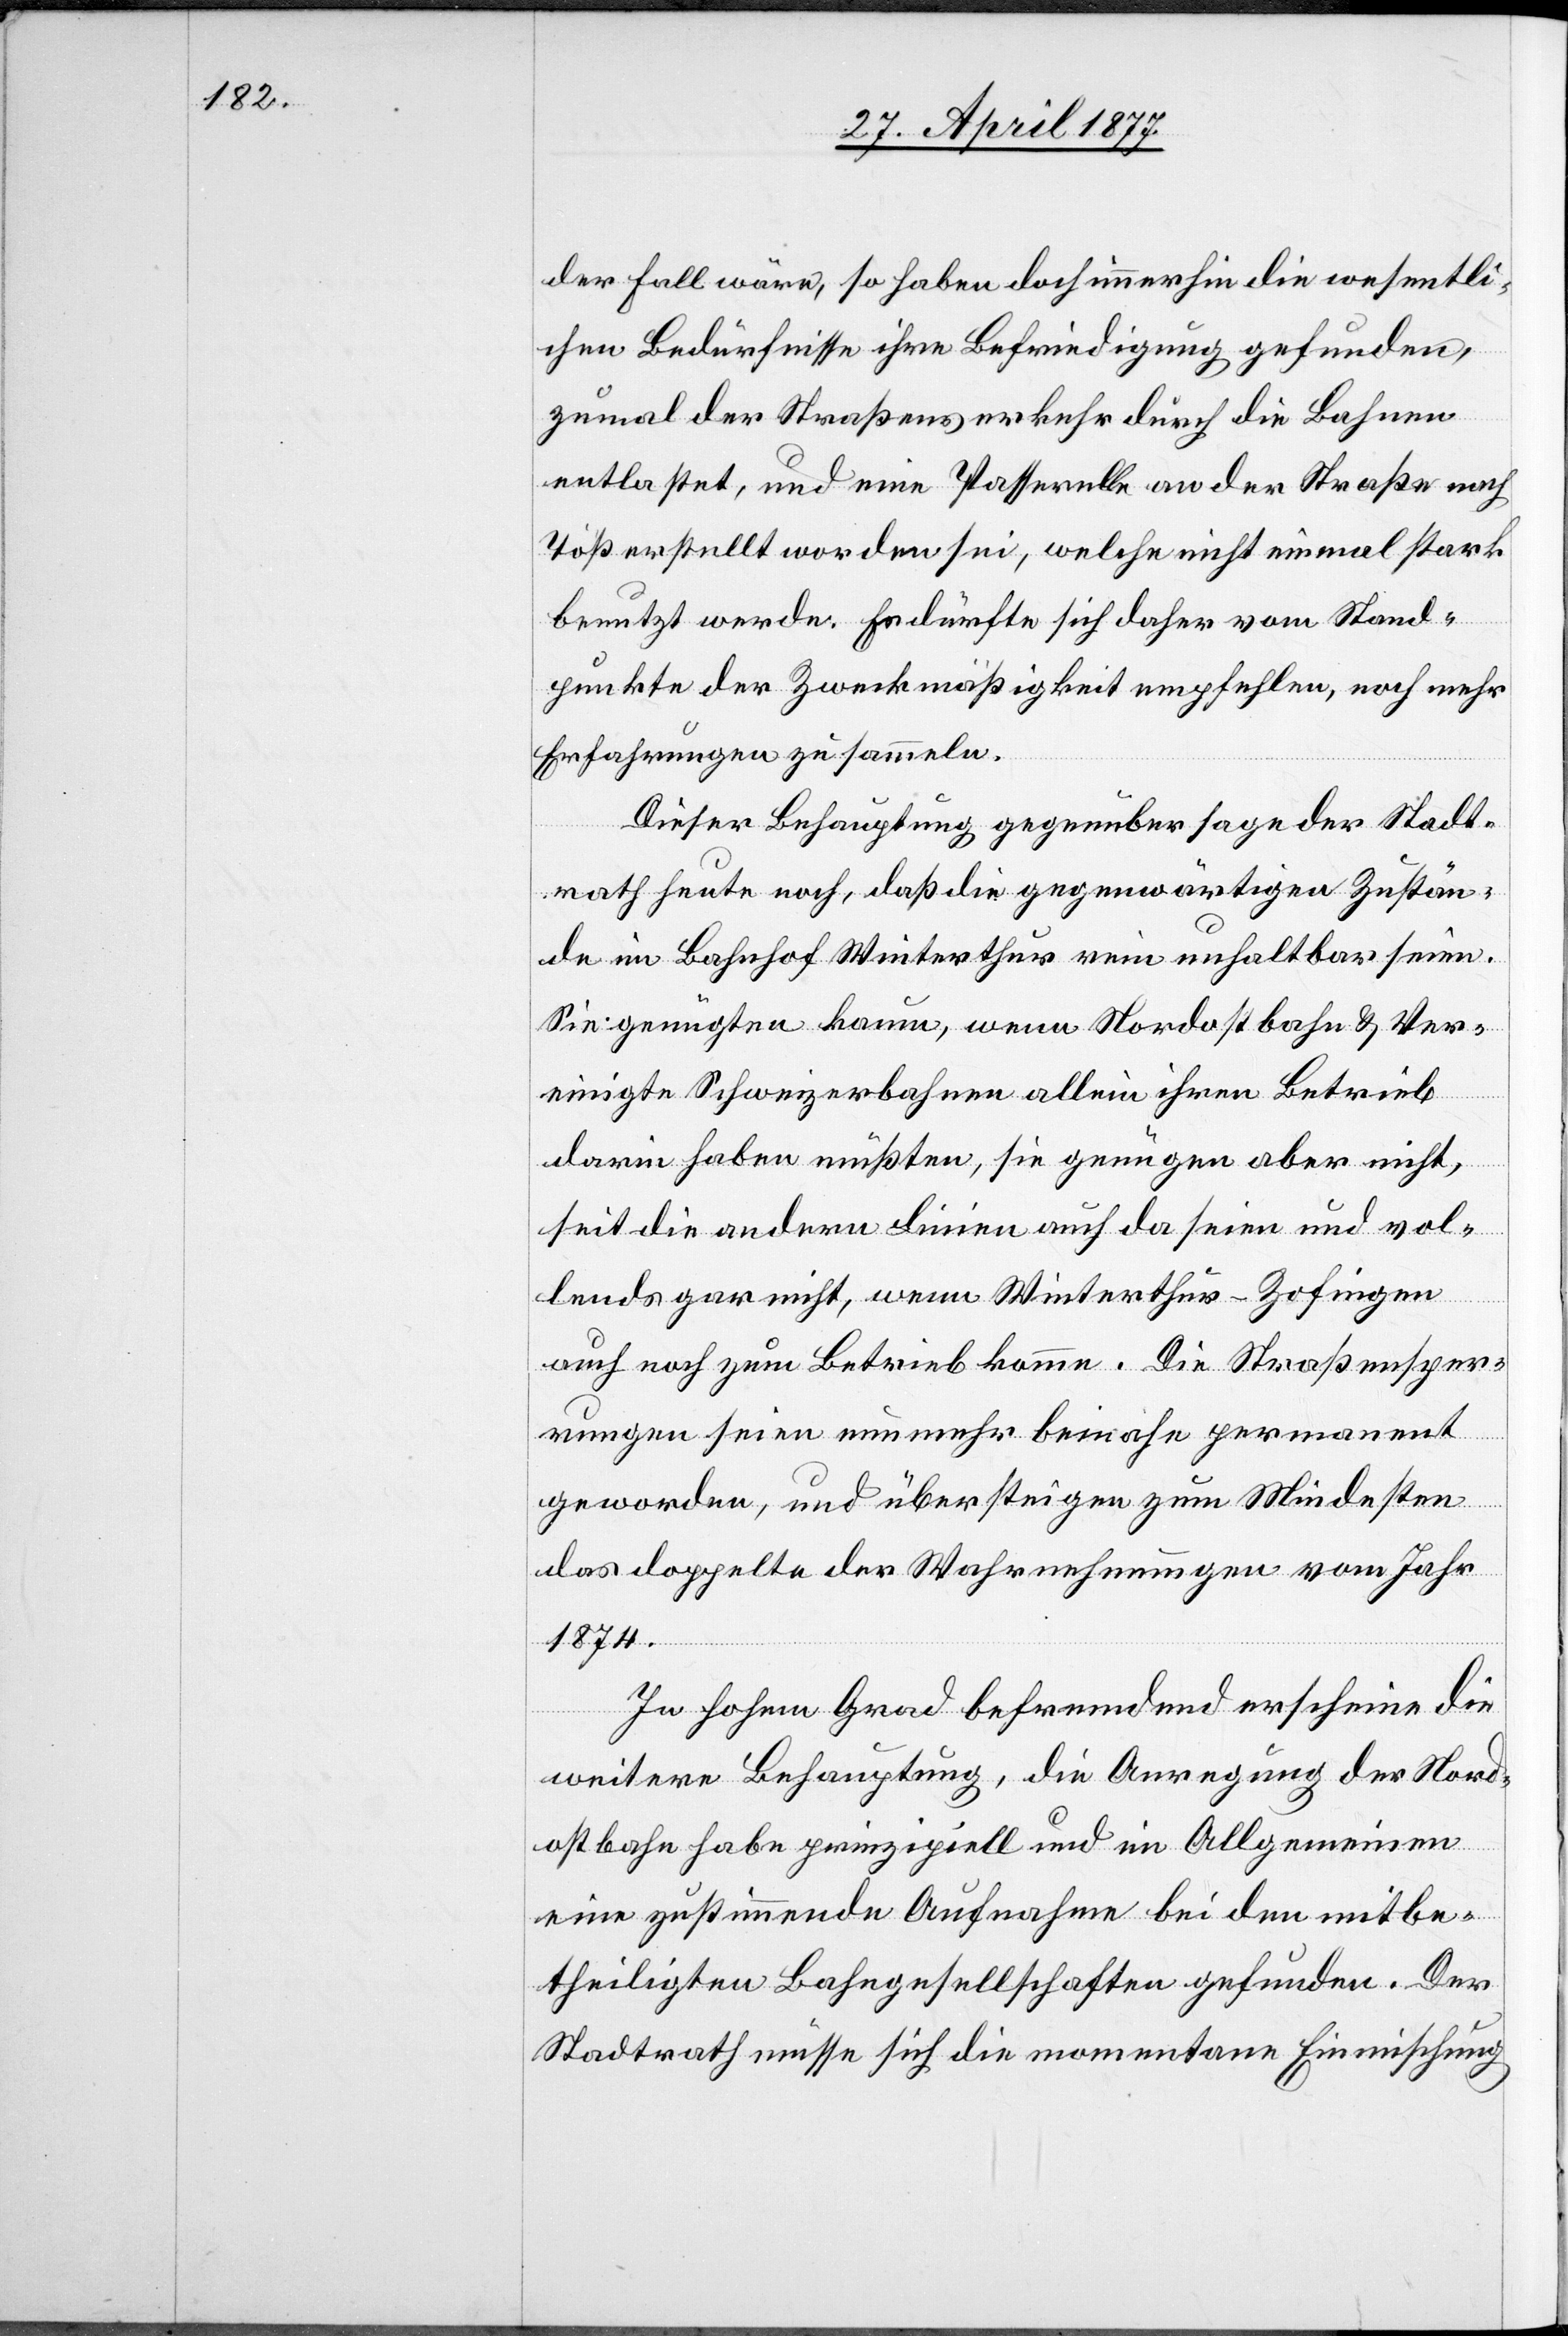
der Fall wäre, so haben doch immerhin die wesentli¬
chen Bedürfnisse ihre Befriedigung gefunden,
zumal der Straßenverkehr durch die Bahnen
entlastet, und eine Passerelle an der Straße nach
Töß erstellt worden sei, welche nicht einmal stark
benutzt werde. Es dürfte sich daher vom Stand¬
punkte der Zweckmäßigkeit empfehlen, noch mehr
Erfahrungen zu sammeln.
Dieser Behauptung gegenüber sage der Stadt¬
rath heute noch, daß die gegenwärtigen Zustän¬
de im Bahnhof Winterthur rein unhaltbar seien.
Sie genügten kaum, wenn Nordostbahn & Ver¬
einigte Schweizerbahnen allein ihren Betrieb
darin haben müßten, sie genügen aber nicht,
seit die andern Linien auch da seien und vol¬
lends gar nicht, wenn Winterthur–Zofingen
auch noch zum Betrieb komme. Die Straßensper¬
rungen seien nunmehr beinahe permanent
geworden, und übersteigen zum Mindesten
das doppelte der Wahrnehmungen vom Jahr
1874.
In hohem Grad befremdend erscheine die
weitere Behauptung, die Anregung der Nord¬
ostbahn habe prinzipiell und im Allgemeinen
eine zustimmende Aufnahme bei den mitbe¬
theiligten Bahngesellschaften gefunden. Der
Stadtrath müsse sich die momentane Einmischung